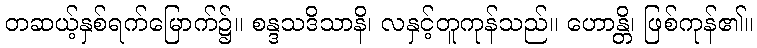
တဆယ့်နှစ်ရက်မြောက်၌။ စန္ဒသဒိသာနိ၊ လနှင့်တူကုန်သည်။ ဟောန္တိ၊ ဖြစ်ကုန်၏။